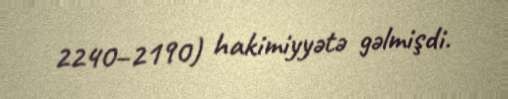
2240–2190) hakimiyyətə gəlmişdi.